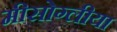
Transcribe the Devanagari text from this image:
मीसोग्लीया